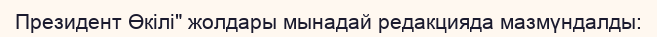
Президент Өкілі" жолдары мынадай редакцияда мазмүндалды: